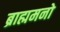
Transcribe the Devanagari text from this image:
ब्राह्ममनो